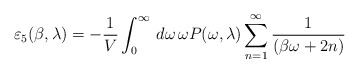
\begin{align*}\varepsilon_5(\beta,\lambda)=-\frac{1}{V}\int_{0}^{\infty}\,d\omega\,\omega P(\omega,\lambda)\sum_{n=1}^{\infty}\frac{1}{(\beta\omega+2n)}\end{align*}